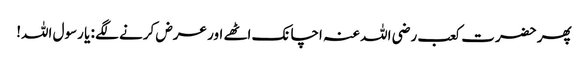
پھر حضرت کعب رضی اللہ عنہ اچانک اٹھے اور عرض کرنے لگے : یا رسول اللہ!